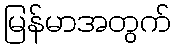
မြန်မာအတွက်